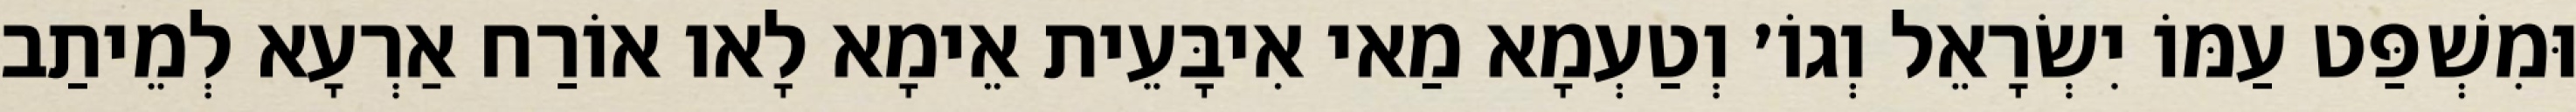
וּמִשְׁפַּט עַמּוֹ יִשְׂרָאֵל וְגוֹ׳ וְטַעְמָא מַאי אִיבָּעֵית אֵימָא לָאו אוֹרַח אַרְעָא לְמֵיתַב